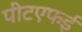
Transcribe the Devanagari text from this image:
पीटएफई